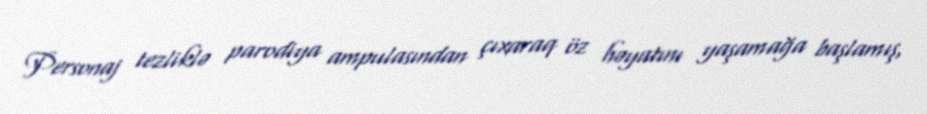
Personaj tezliklə parodiya ampulasından çıxaraq öz həyatını yaşamağa başlamış,